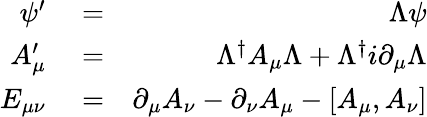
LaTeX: \begin{array}{rlr}{\psi^{\prime}}&{{}=}&{\Lambda\psi}\\ {A_{\mu}^{\prime}}&{{}=}&{\Lambda^{\dagger}A_{\mu}\Lambda+\Lambda^{\dagger}i\partial_{\mu}\Lambda}\\ {E_{\mu\nu}}&{{}=}&{\partial_{\mu}A_{\nu}-\partial_{\nu}A_{\mu}-[A_{\mu},A_{\nu}]}\end{array}